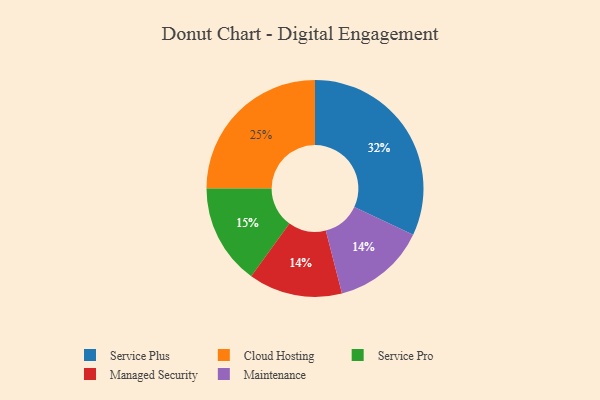
{"axis": {"x": "Category", "y": "Percentage"}, "legend": ["Cloud Hosting", "Maintenance", "Managed Security", "Service Plus", "Service Pro"], "data": [{"x": "Cloud Hosting", "y": 25, "type": "Cloud Hosting"}, {"x": "Managed Security", "y": 14, "type": "Managed Security"}, {"x": "Service Pro", "y": 15, "type": "Service Pro"}, {"x": "Maintenance", "y": 14, "type": "Maintenance"}, {"x": "Service Plus", "y": 32, "type": "Service Plus"}]}